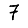
Digit: 7